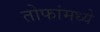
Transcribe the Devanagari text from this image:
तोफांमध्ये